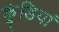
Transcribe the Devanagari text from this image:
कुंडियां